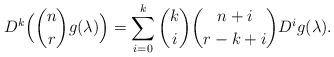
LaTeX: \begin{align*}D^k\Bigl(\binom{n}{r}g(\lambda)\Bigr)=\sum_{i=0}^k\binom{k}{i}\binom{n+i}{r-k+i}D^ig(\lambda).\end{align*}